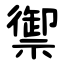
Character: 禦